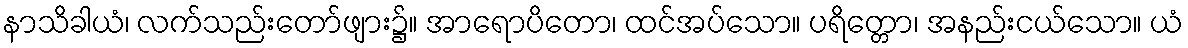
နာသိခါယံ၊ လက်သည်းတော်ဖျား၌။ အာရောပိတော၊ ထင်အပ်သော။ ပရိတ္တော၊ အနည်းငယ်သော။ ယံ